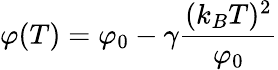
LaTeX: \varphi(T)=\varphi_{0}-\gamma{\frac{(k_{B}T)^{2}}{\varphi_{0}}}